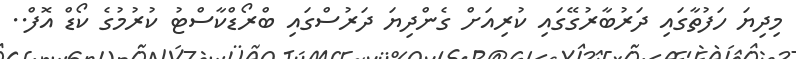
މިދިޔަ ހަފުތާގައި ދަރުބާރުގޭގައި ކުރިއަށް ގެންދިޔަ ދަރުސްގައި ބްރޯޑްކާސްޓު ކުރުމުގެ ކޯޑް އޮފް..